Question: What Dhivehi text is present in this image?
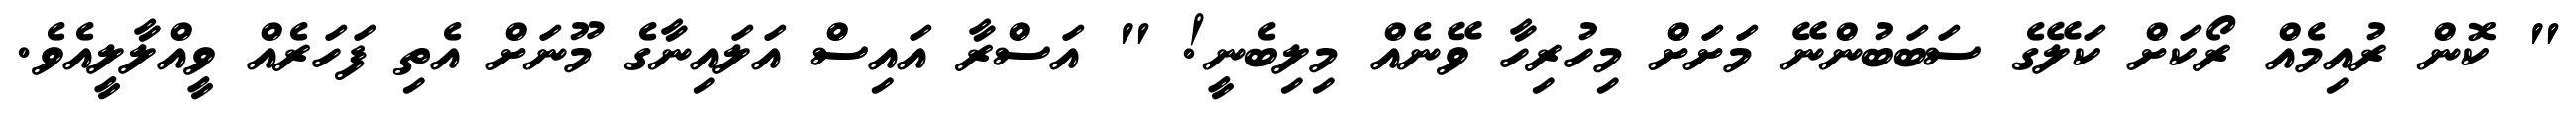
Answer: " ކޮން ރުއިމެއް ރޯކަށް ކަލޭގެ ސަބަބުންނޭ މަށަށް މިހުރިހާ ވޭނެއް މިލިބެނީ! " އަސްރާ އައިސް އަލައިނާގެ މޫނަށް އެތި ފަހަރެއް ވީއްލާލީއެވެ.